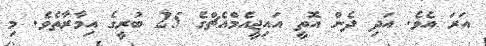
އަރަ އެވެ. އަދި ދެން އޮތީ އައިޖީއެމްއެޗްގެ 25 ބުރީގެ އިމާރާތެވެ. މި